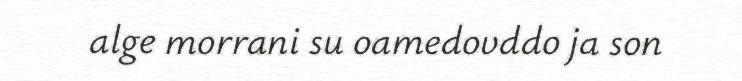
alge morrani su oamedovddo ja son